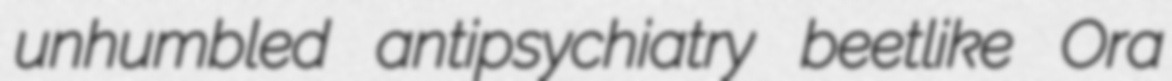
unhumbled antipsychiatry beetlike Ora